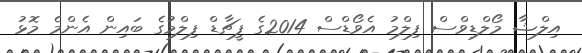
އިލްޝާ މޯލްޑިވްސް ފިލްމު އެވޯޑްސް 2014ގެ ފީޗާޑް ފިލްމުގެ ބައިން އެންމެ މޮޅު